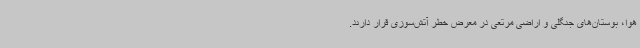
هوا، بوستان‌های جنگلی و اراضی مرتعی در معرض خطر آتش‌سوزی قرار دارند.